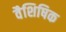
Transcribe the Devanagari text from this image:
वैशिषिक